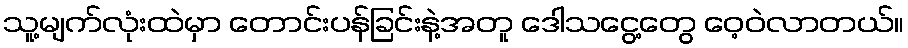
သူ့မျက်လုံးထဲမှာ တောင်းပန်ခြင်းနဲ့အတူ ဒေါသငွေ့တွေ ဝေ့ဝဲလာတယ်။